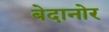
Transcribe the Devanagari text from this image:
बेदानोर